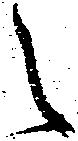
々